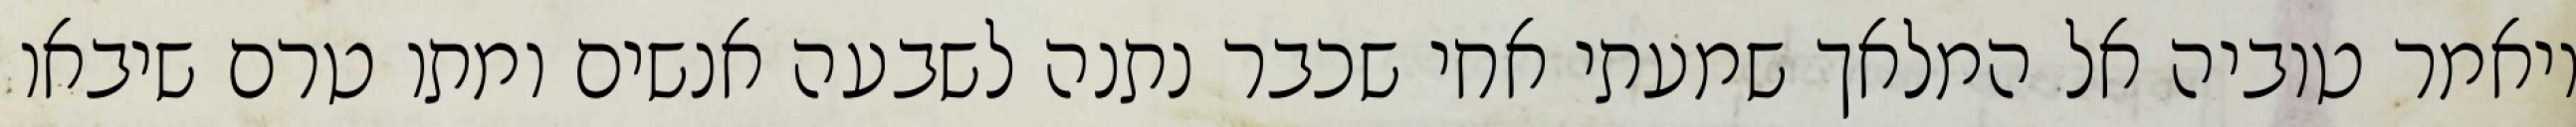
ויאמר טוביה אל המלאך שמעתי אחי שכבר נתנה לשבעה אנשים ומתו טרם שיבאו